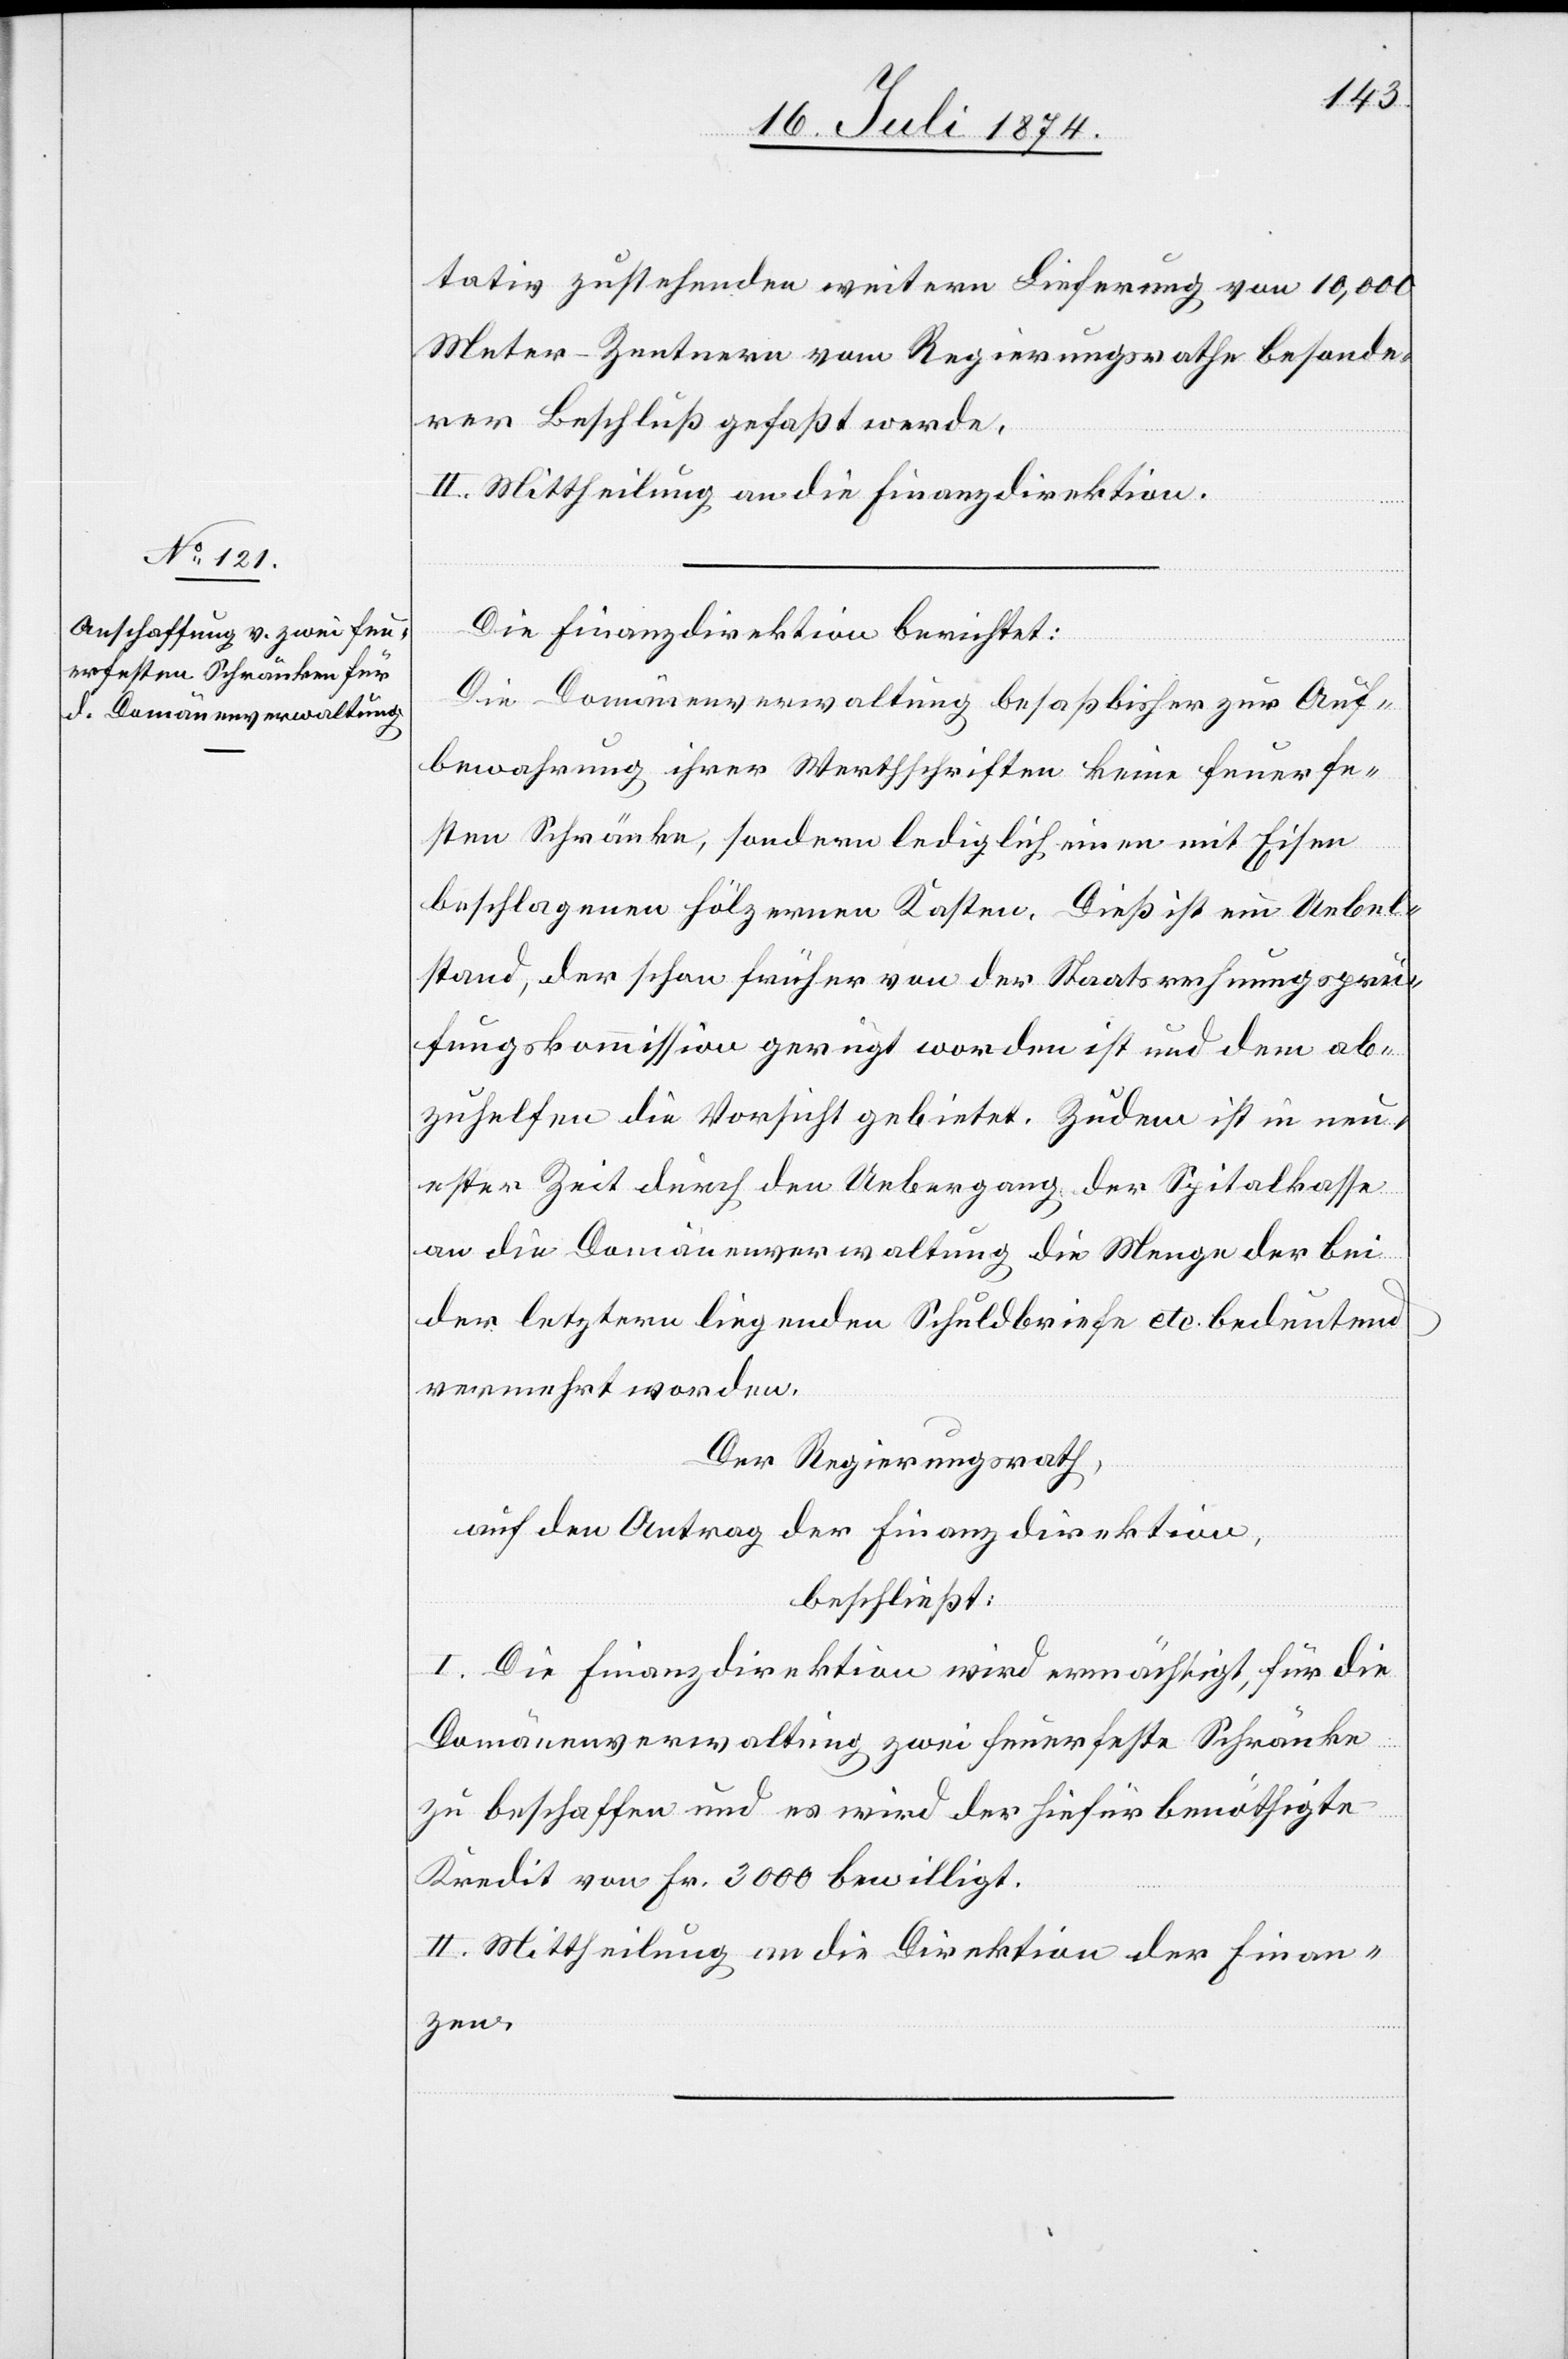
tativ zustehenden weitern Lieferung von 10,000
Meter-Zentnern vom Regierungsrathe besonde¬
rer Beschluß gefaßt werde.
II. Mittheilung an die Finanzdirektion.
Die Finanzdirektion berichtet:
Die Domänenverwaltung besaß bisher zur Auf¬
bewahrung ihrer Werthschriften keine feuerfe¬
sten Schränke, sondern lediglich einen mit Eisen
beschlagenen hölzernen Kasten. Dieß ist ein Uebel¬
stand, der schon früher von der Staatrechnungsprü¬
fungskommission gerügt worden ist und dem ab¬
zuhelfen die Vorsicht gebietet. Zudem ist in neu¬
ester Zeit durch den Uebergang der Spitalkasse
an die Domänenverwaltung die Menge der bei
der letztern liegenden Schuldbriefe etc. bedeutend
vermehrt worden.
Der Regierungsrath,
auf den Antrag der Finanzdirektion,
beschließt:
I. Die Finanzdirektion wird ermächtigt, für die
Domänenverwaltung zwei feuerfeste Schränke
zu beschaffen und es wird der hiefür benöthigte
Kredit von Fr. 3000 bewilligt.
II. Mittheilung an die Direktion der Finan¬
zen.